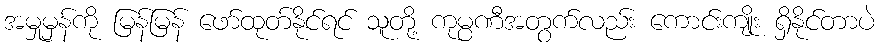
အမှုမှန်ကို မြန်မြန် ဖော်ထုတ်နိုင်ရင် သူတို့ ကုမ္ပဏီအတွက်လည်း ကောင်းကျိုး ရှိနိုင်တာပဲ